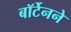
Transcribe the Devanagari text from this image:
बॉर्टेनने